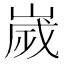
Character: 嵗